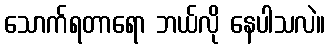
သောက်ရတာရော ဘယ်လို နေပါသလဲ။